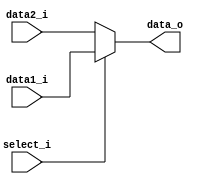
//NOT MODIFIED
//if 1 then output data1_i(the upper line), else data2_i
module MUX32(
  input       [31:0]  data1_i,
  input       [31:0]  data2_i,
  input               select_i,
  output reg  [31:0]  data_o
);

always@(*) begin
    if(select_i)  data_o = data1_i;
    else          data_o = data2_i;
end

endmodule